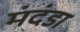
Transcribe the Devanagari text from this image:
मंदंडा